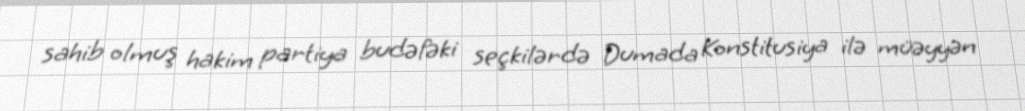
sahib olmuş hakim partiya budəfəki seçkilərdə Dumada Konstitusiya ilə müəyyən